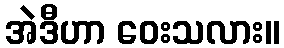
အဲဒီဟာ ဝေးသလား။